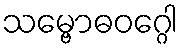
သမ္ဗောဓဝဂ္ဂေါ